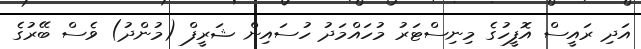
އަދި ރައީސް އޮފީހުގެ މިނިސްޓަރު މުހައްމަދު ހުސައިން ޝަރީފް (މުންދު) ވެސް ބޭރުގެ